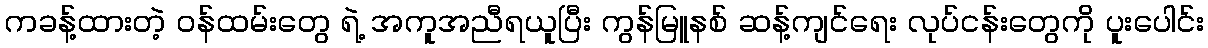
ကခန့်ထားတဲ့ ဝန်ထမ်းတွေ ရဲ့ အကူအညီရယူပြီး ကွန်မြူနစ် ဆန့်ကျင်ရေး လုပ်ငန်းတွေကို ပူးပေါင်း